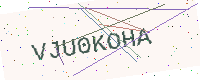
Text: VJU0KOHA